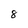
Character: 8